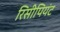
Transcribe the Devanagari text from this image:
रिसीपियंट